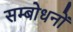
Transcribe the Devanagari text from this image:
सम्बोधनों